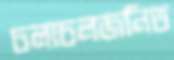
চলাচলজনিত